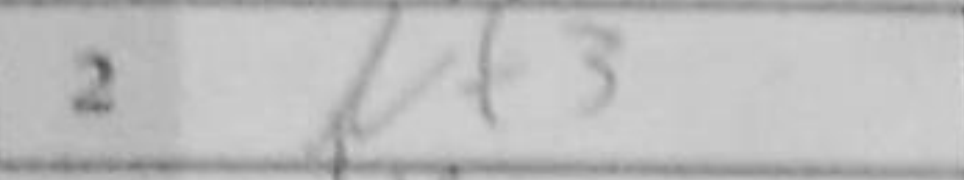
Transcription: Nf3